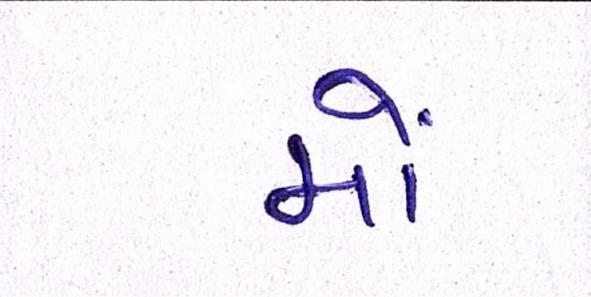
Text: મોં